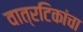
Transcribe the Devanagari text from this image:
वात्रटिकांचा